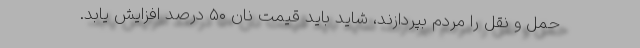
حمل و نقل را مردم بپردازند، شاید باید قیمت نان ۵۰ درصد افزایش یابد.